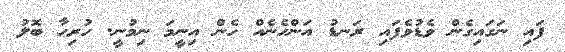
ފައި ނަގައިގެން ވެޑުވެފައި ރަނޑު އަންހެނެއް ހެން އިނީމަ ނިމުނީ. ހުރިހާ ބޮލު